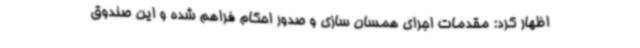
اظهار کرد: مقدمات اجرای همسان سازی و صدور احکام فراهم شده و این صندوق